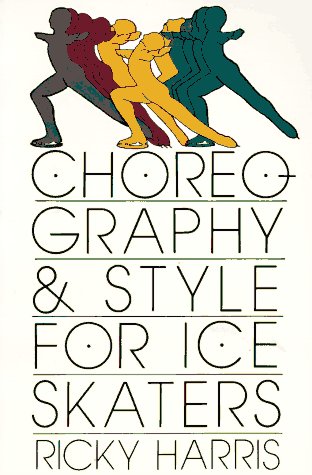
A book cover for Choreography and Style for Ice Skaters; Ricky Harris; Sports & Outdoors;